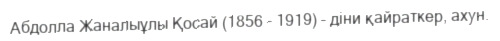
Aбдолла Жаналыұлы Қосай (1856 – 1919) – діни қайраткер, ахун.